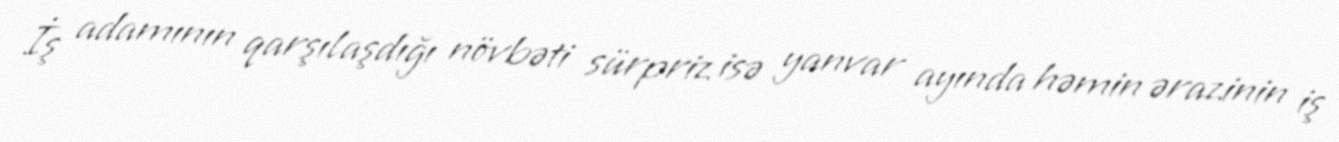
İş adamının qarşılaşdığı növbəti sürpriz isə yanvar ayında həmin ərazinin iş